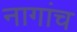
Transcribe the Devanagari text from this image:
नागांच